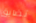
تضايق